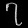
Digit: ၇